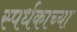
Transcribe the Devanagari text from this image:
स्पर्धकाच्या